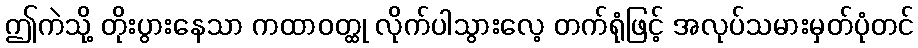
ဤကဲသို့ တိုးပွားနေသာ ကထာဝတ္ထု လိုက်ပါသွားလေ့ တက်ရုံဖြင့် အလုပ်သမားမှတ်ပုံတင်